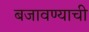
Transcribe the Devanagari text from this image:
बजावण्याची